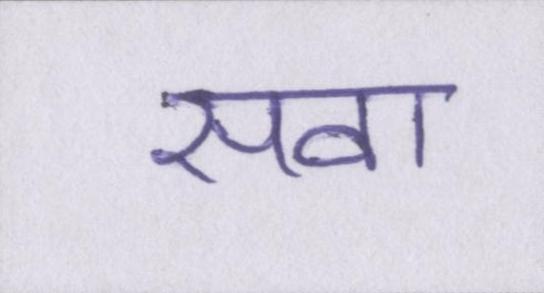
सवा